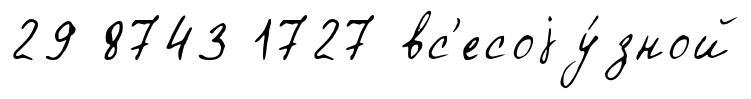
29 8743 1727 вс'есоjу́зной